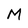
Character: M